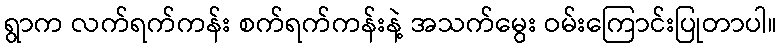
ရွာက လက်ရက်ကန်း စက်ရက်ကန်းနဲ့ အသက်မွေး ဝမ်းကြောင်းပြုတာပါ။